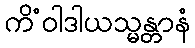
ကိံဝါဒါယသ္မန္တာနံ